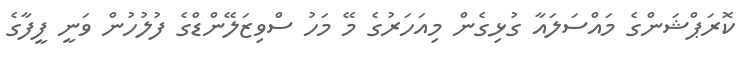
ކޮރަޕްޝަންގެ މައްސަލައާ ގުޅިގެން މިއަހަރުގެ މޭ މަހު ސްވިޒަލޭންޑްގެ ފުލުހުން ވަނީ ފީފާގެ